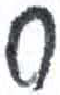
אות: ס